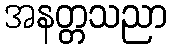
အနတ္တသညာ